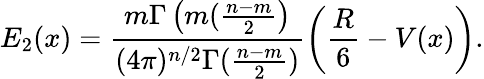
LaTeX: E_{2}(x)=\frac{m\Gamma\left(m(\frac{n-m}{2}\right)}{(4\pi)^{n/2}\Gamma(\frac{n-m}{2})}\left(\frac{R}{6}-V(x)\right).